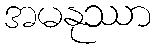
အမနုဿာ